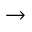
\to